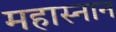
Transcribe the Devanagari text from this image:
महास्नान